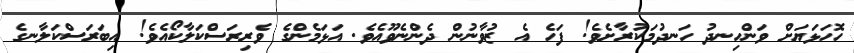
ހޮހަޅަޔަށް ވަންހިނދު ހަނދުމަކުރާށެވެ! ފަހެ އެ ޒުވާނުން ދެންނެވޫއެވެ. އަޅަމެންގެ ވެރިރަސްކަލާކޯއެވެ! އިބަރަސްކަލާނގެ